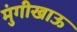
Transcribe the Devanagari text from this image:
मुंगीखाऊ